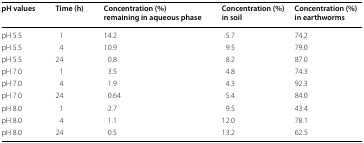
| pH values | Time (h) | Concentration (%) remaining in aqueous phase | Concentration (%) in soil | Concentration (%) in earthworms |
 | --- | --- | --- | --- | --- |
 | pH 5.5 | 1 | 14.2 | 5.7 | 74.2 |
 | pH 5.5 | 4 | 10.9 | 9.5 | 79.0 |
 | pH 5.5 | 24 | 0.8 | 8.2 | 87.0 |
 | pH 7.0 | 1 | 3.5 | 4.8 | 74.3 |
 | pH 7.0 | 4 | 1.9 | 4.3 | 92.3 |
 | pH 7.0 | 24 | 0.64 | 5.4 | 84.0 |
 | pH 8.0 | 1 | 2.7 | 9.5 | 43.4 |
 | pH 8.0 | 4 | 1.1 | 12.0 | 78.1 |
 | pH 8.0 | 24 | 0.5 | 13.2 | 62.5 |